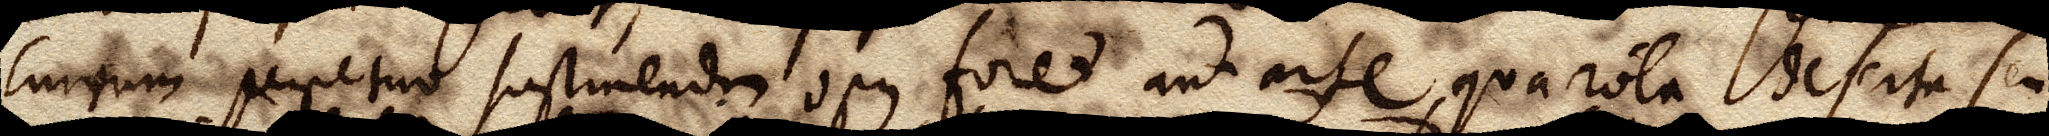
currum perpetuo sustinendum opus foret aut arte, qua rota deserta seu